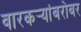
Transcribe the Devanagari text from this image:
वारकर्‍यांबरोबर